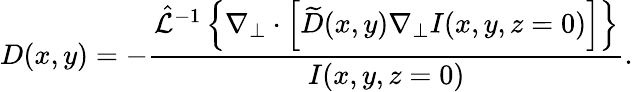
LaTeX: D(x,y)=-\frac{\hat{\mathcal{L}}^{-1}\left\{ \nabla_{\perp}\cdot\left[\widetilde{D}(x,y)\nabla_{\perp}I(x,y,z=0)\right]\right\} }{I(x,y,z=0)}.